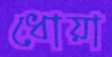
ধোয়া